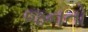
જનતો